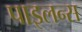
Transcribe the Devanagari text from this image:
पाइलन्स